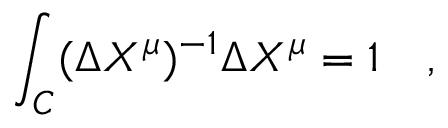
\int _ { C } ( \Delta X ^ { \mu } ) ^ { - 1 } \Delta X ^ { \mu } = 1 \quad ,